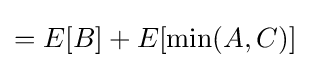
=E[B]+E[\min(A,C)]